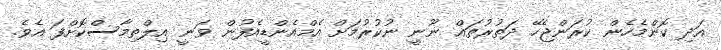
އަދި ކޮންމެހެން ކުރަންޖެހޭ ދަތުރުތައް ނޫނީ ނުކުރުމަށް އެމްއެންޑީއެފުން ވަނީ އިލްތިމާސްކޮށްފަ އެވެ.